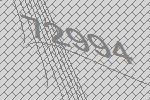
72994